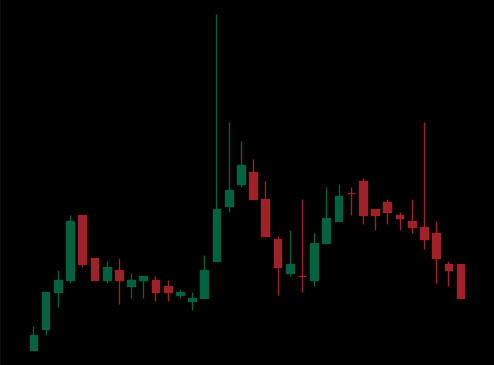
Pattern: head_shoulders